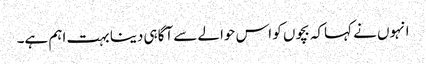
انہوں نے کہاکہ بچوں کو اس حوالے سے آگاہی دینا بہت اہم ہے۔